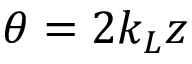
\theta = 2 k _ { L } z